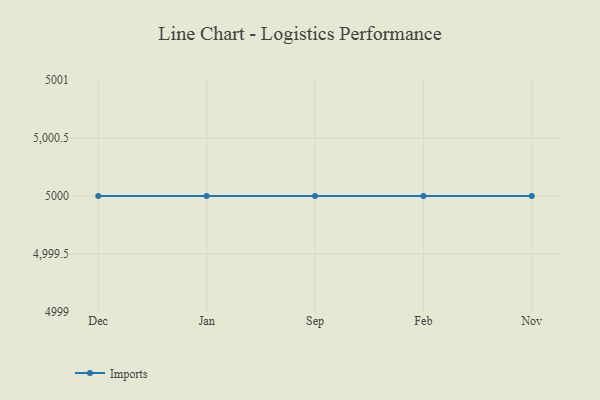
{"axis": {"x": "Month", "y": "Energy Usage (MWh)"}, "legend": ["Imports"], "data": [{"x": "Dec", "y": 5000, "type": "Imports"}, {"x": "Jan", "y": 5000, "type": "Imports"}, {"x": "Sep", "y": 5000, "type": "Imports"}, {"x": "Feb", "y": 5000, "type": "Imports"}, {"x": "Nov", "y": 5000, "type": "Imports"}]}